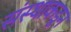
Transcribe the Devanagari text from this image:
संस्थाकडून